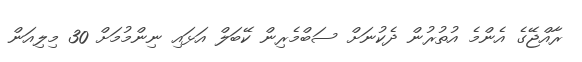
ރާއްޖޭގެ އެންމެ އުތުރުން ދެކުނަށް ސަބްމެރިން ކޭބަލް އަޅައި ނިންމުމަށް 30 މިލިއަން